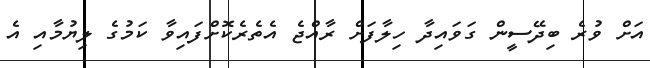
އަށް ވުރެ ބިދޭސީން ގަވައިދާ ހިލާފަށް ރާއްޖެ އެތެރެކޮށްފައިވާ ކަމުގެ ލިޔުމާއި އެ